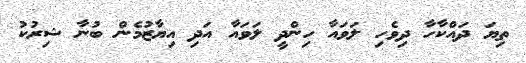
ތިޔަ ދައްކާހާ ދިވެހި ލަވައާ ހިންދީ ލަވައާ އަދި އިޔާޒުމެން ބުނާ ޝިރުކު